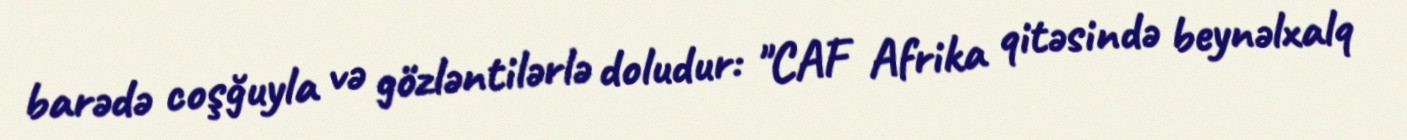
barədə coşğuyla və gözləntilərlə doludur: "CAF Afrika qitəsində beynəlxalq